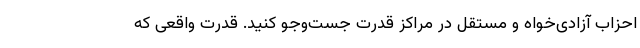
احزاب آزادی‌خواه و مستقل در مراکز قدرت جست‌و‌جو کنید. قدرت واقعی که